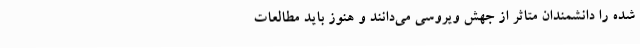
شده را دانشمندان متاثر از جهش ویروسی می‌دانند و هنوز باید مطالعات